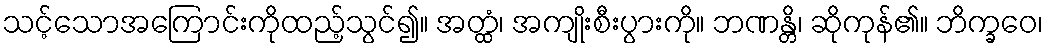
သင့်သောအကြောင်းကိုထည့်သွင်၍။ အတ္ထံ၊ အကျိုးစီးပွားကို။ ဘဏန္တိ၊ ဆိုကုန်၏။ ဘိက္ခဝေ၊